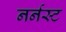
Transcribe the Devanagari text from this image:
नर्नस्ट